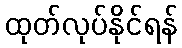
ထုတ်လုပ်နိုင်ရန်